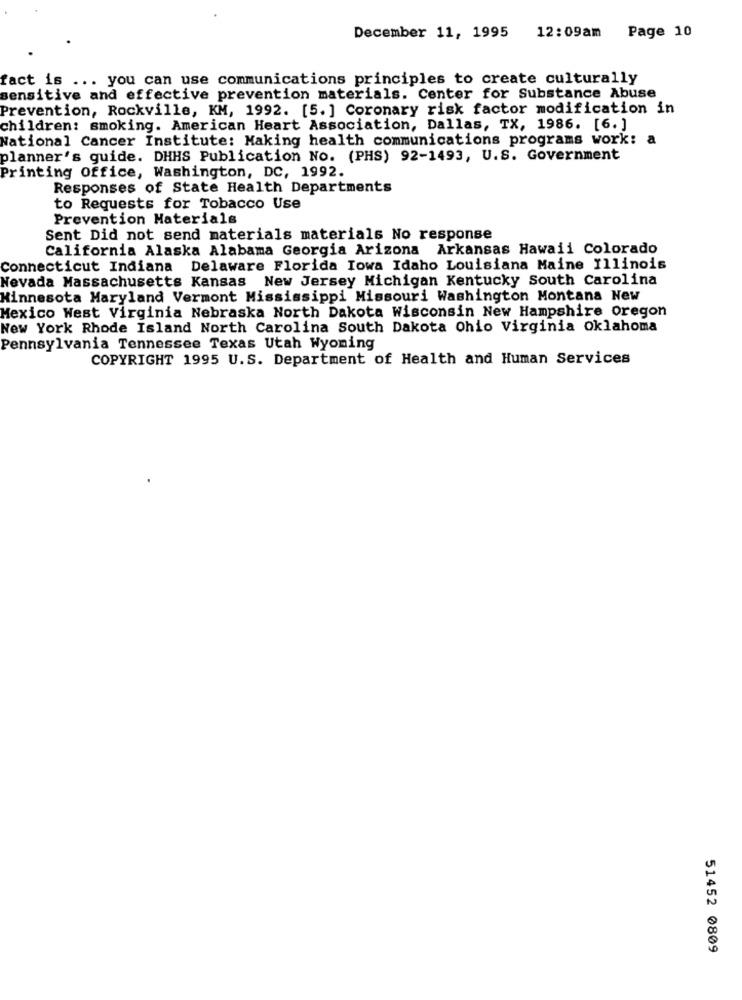
12:09am Page 10
December 11, 1995
fact is ... you can use communications principles to create culturally
sensitive and effective prevention materials. Center for Substance Abuse
Prevention, Rockville, KM, 1992. [5. ] Coronary risk factor modification in
children: smoking. American Heart Association, Dallas, TX, 1986. [6. ]
National Cancer Institute: Making health communications programs work: a
planner's guide. DHHS Publication No. (PHS) 92-1493, U.S. Government
Printing Office, Washington, DC, 1992.
Responses of State Health Departments
to Requests for Tobacco Use
Prevention Materials
Sent Did not send materials materials No response
California Alaska Alabama Georgia Arizona Arkansas Hawaii Colorado
Connecticut Indiana Delaware Florida Iowa Idaho Louisiana Maine Illinois
Nevada Massachusetts Kansas New Jersey Michigan Kentucky South Carolina
Minnesota Maryland Vermont Mississippi Missouri Washington Montana New
Mexico West Virginia Nebraska North Dakota Wisconsin New Hampshire oregon
New York Rhode Island North Carolina South Dakota Ohio Virginia Oklahoma
Pennsylvania Tennessee Texas Utah Wyoming
COPYRIGHT 1995 U.S. Department of Health and Human Services
51452 0809